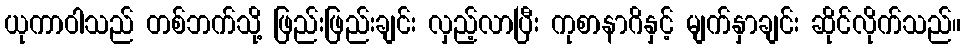
ယုကာဝါသည် တစ်ဘက်သို့ ဖြည်းဖြည်းချင်း လှည့်လာပြီး ကုစာနာဂိနှင့် မျက်နှာချင်း ဆိုင်လိုက်သည်။